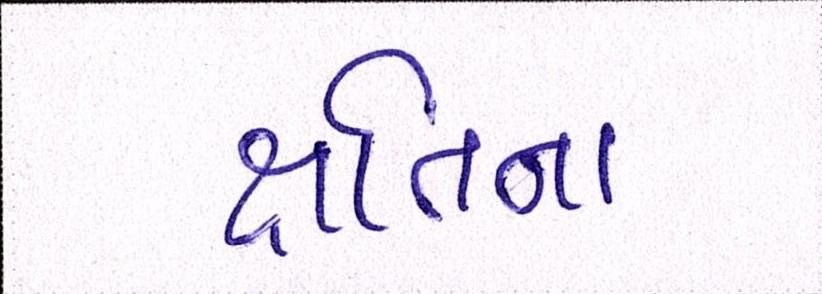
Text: ક્ષતિના